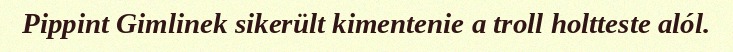
Pippint Gimlinek sikerült kimentenie a troll holtteste alól.